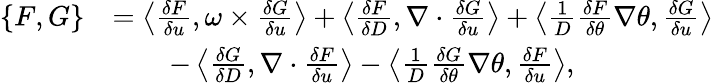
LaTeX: \begin{array}{rl}{\{ F,G\} }&{=\left\langle\frac{\delta F}{\delta u},\omega\times\frac{\delta G}{\delta u}\right\rangle+\left\langle\frac{\delta F}{\delta D},\nabla\cdot\frac{\delta G}{\delta u}\right\rangle+\left\langle\frac{1}{D}\frac{\delta F}{\delta\theta}\nabla\theta,\frac{\delta G}{\delta u}\right\rangle}\\ &{\qquad-\left\langle\frac{\delta G}{\delta D},\nabla\cdot\frac{\delta F}{\delta u}\right\rangle-\left\langle\frac{1}{D}\frac{\delta G}{\delta\theta}\nabla\theta,\frac{\delta F}{\delta u}\right\rangle,}\end{array}